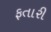
ફતારી